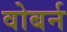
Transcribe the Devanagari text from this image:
वोबर्न